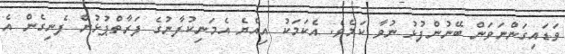
ވަޑައިގަންނަވަން ބޭނުންފުޅު ނުވާ ކަމެވެ. އެކަމަކު އިއްޔެ އެމަނިކުފާނުގެ ފަރާތްޕުޅުން ފެނިގެން އެ